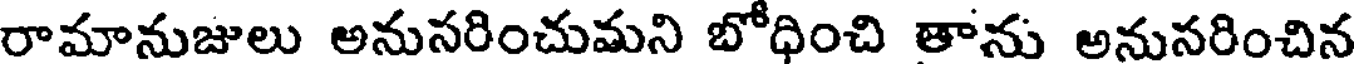
రామానుజులు అనుసరించుమని బోధించి తాను అనునరించిన